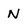
Character: N